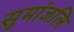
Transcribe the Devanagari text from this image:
सुमांजलि